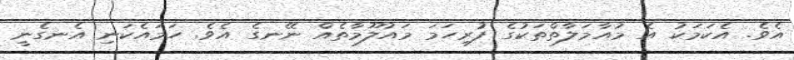
އެވެ. އެކަމަކު އެ މުއާމަލާތްތަކުގެ ފުރިހަމަ މައުލޫމާތެއް ނޭނގެ އެވެ. ހަމައެކަނި އެނގެނީ